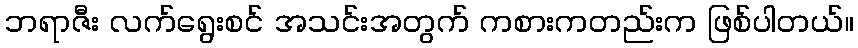
ဘရာဇီး လက်ရွေးစင် အသင်းအတွက် ကစားကတည်းက ဖြစ်ပါတယ်။